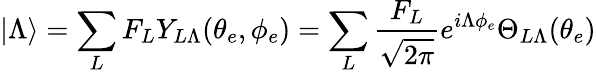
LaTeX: |\Lambda\rangle=\sum_{L}F_{L}Y_{L\Lambda}(\theta_{e},\phi_{e})=\sum_{L}\frac{F_{L}}{\sqrt{2\pi}}e^{i\Lambda\phi_{e}}\Theta_{L\Lambda}(\theta_{e})